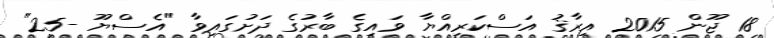
18 ޖޫން 2015 އިރާޤު އަސްކަރިއްޔާ ވައިގެ ބާރުގެ ދަށުގައިވާ "އެސްޔޫ -25"